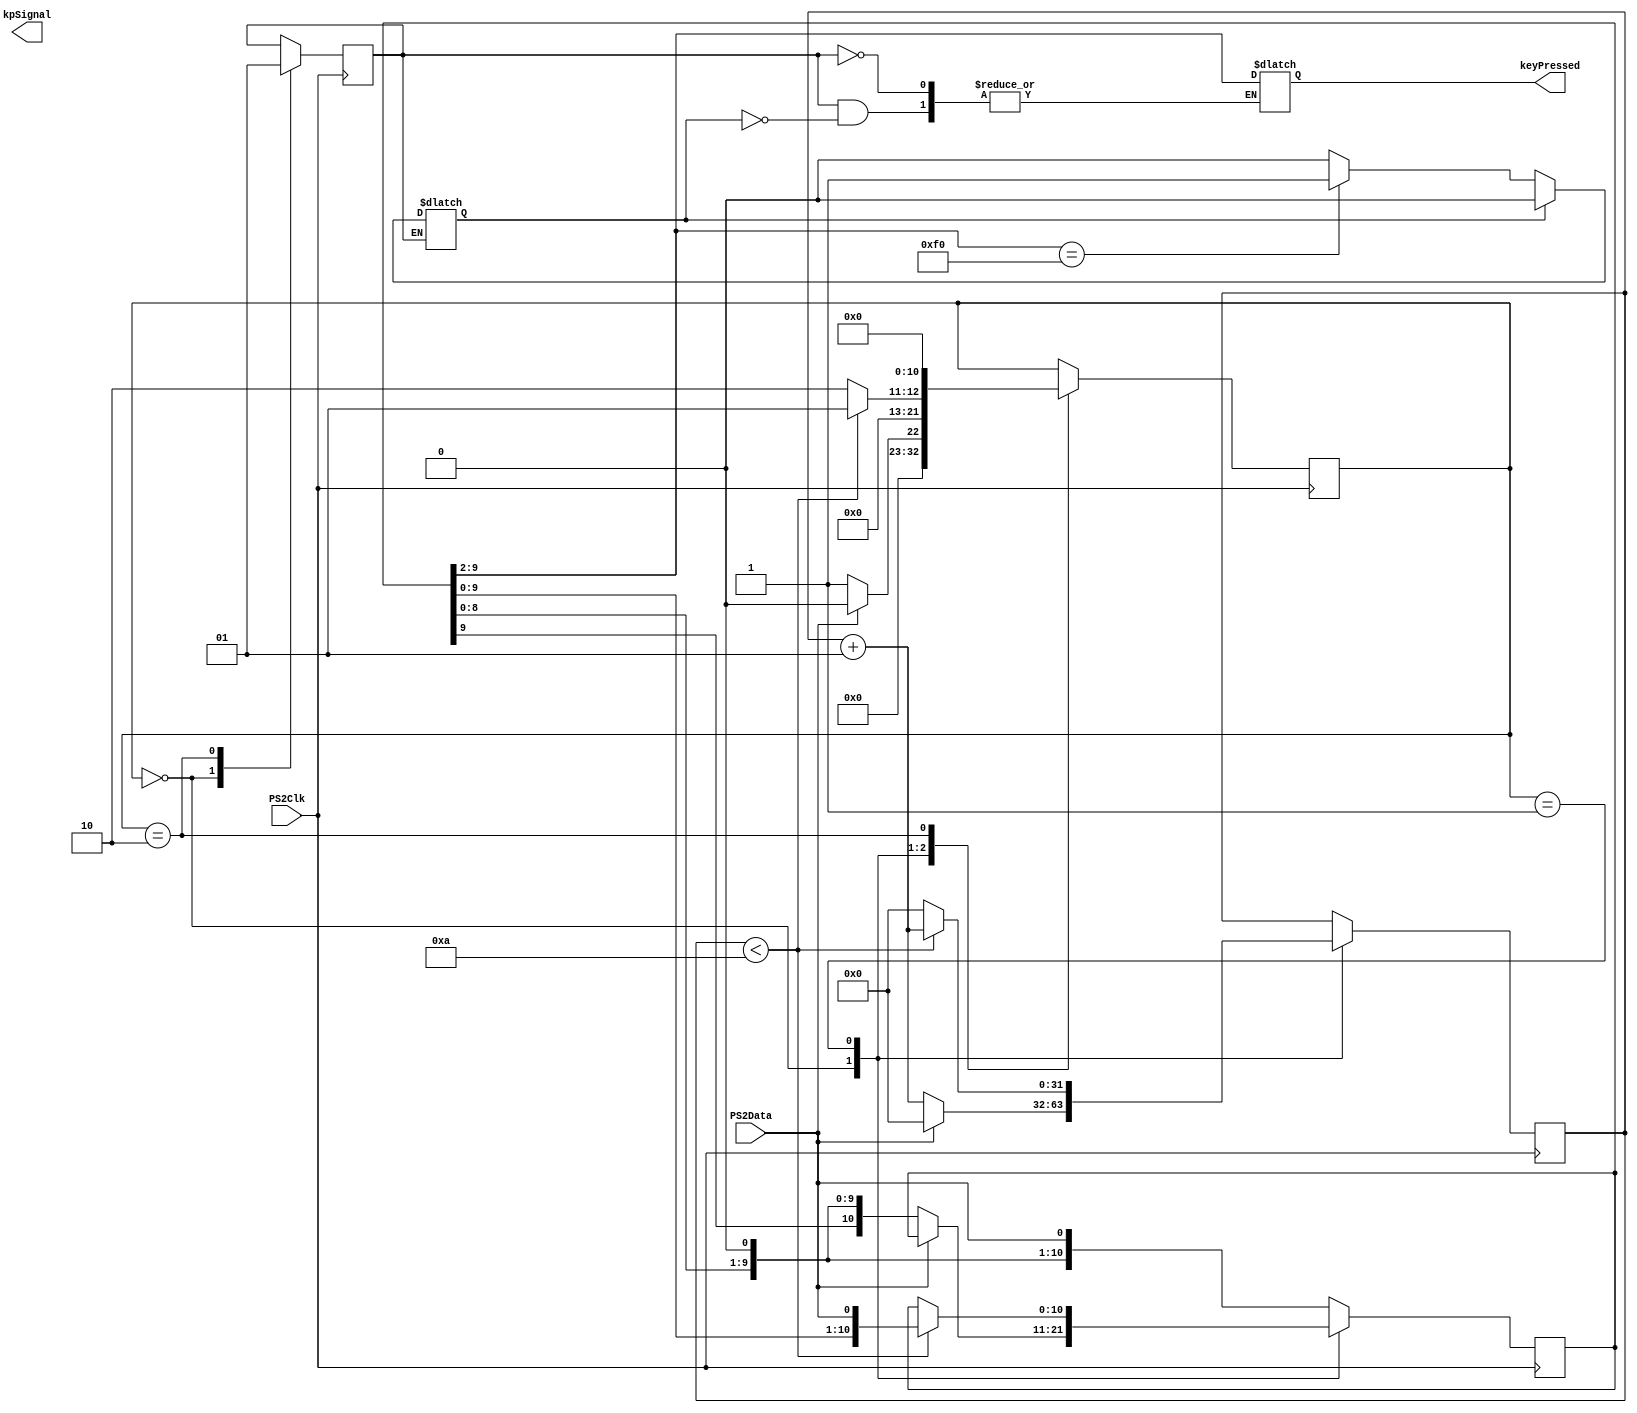
`define KEY scanCode [9:2]
`define PARBIT scanCode [1]
`define PARVAL scanCode[2]^scanCode[3]^scanCode[4]^scanCode[5]^scanCode[6]^scanCode[7]^scanCode[8]^scanCode[9]
module Lab5_Keyboard(PS2Clk, PS2Data, keyPressed, kpSignal);
input PS2Clk, PS2Data;
output reg [7:0] keyPressed;
output kpSignal;

reg [10:0] scanCode;
reg send, transmissionComplete, strobe_100ms;

reg start, stop;
integer bitcount=0;
reg [10:0] state;
wire[7:0] key;

assign key = `KEY;

initial
begin
	state = 0;
	scanCode = 0;
	transmissionComplete = 0;
	strobe_100ms = 0;
	send = 0;
end

always @(negedge PS2Clk)
begin
	scanCode <= {scanCode<<1, PS2Data};
	case (state)
	0: 
	begin
		transmissionComplete <= 0;
		if (PS2Data == 0)
		begin
			bitcount <= bitcount + 1;
			state <= 1;
			scanCode <= {scanCode,PS2Data};
		end
		else
		begin
			bitcount <= 0;
			state <= 0;
			scanCode <= scanCode;
		end
	end
	1:
	begin
		if (bitcount<10)
		begin
			bitcount <= bitcount + 1;
			state <= 1;
			scanCode <= {scanCode, PS2Data};
		end
		else
		begin
			bitcount <= 0;
			state <= 2;
			scanCode <= scanCode;
		end
	end
	2: //all data has been transmitted
	begin
		state <= 0;
		transmissionComplete <= 1;
	end
	endcase
end

always @(transmissionComplete)
begin
	if (transmissionComplete)
	begin
		if (send)
		begin
			strobe_100ms <= 1;
			keyPressed <= `KEY;
			send <= 0;
		end
		else if (`KEY == 8'hF0)
		begin
			//keyUp so next input is key down code
			strobe_100ms <= 0;
			keyPressed <= keyPressed;
			send <= 1;
		end
		else
		begin
			strobe_100ms <= 0;
			keyPressed <= keyPressed;
			send = 0;
		end
	end
	else
	begin
		strobe_100ms <= strobe_100ms;
		keyPressed <= keyPressed;
		send <= send;
	end
end


endmodule